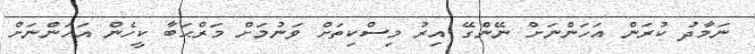
ނަމާދު ކުރަން އަހަންނަށް ނޭންގޭ އިރު މިސްކިތަށް ވަނުމަށް މަރްޙަބާ ކީހެން އަހަންނަށް